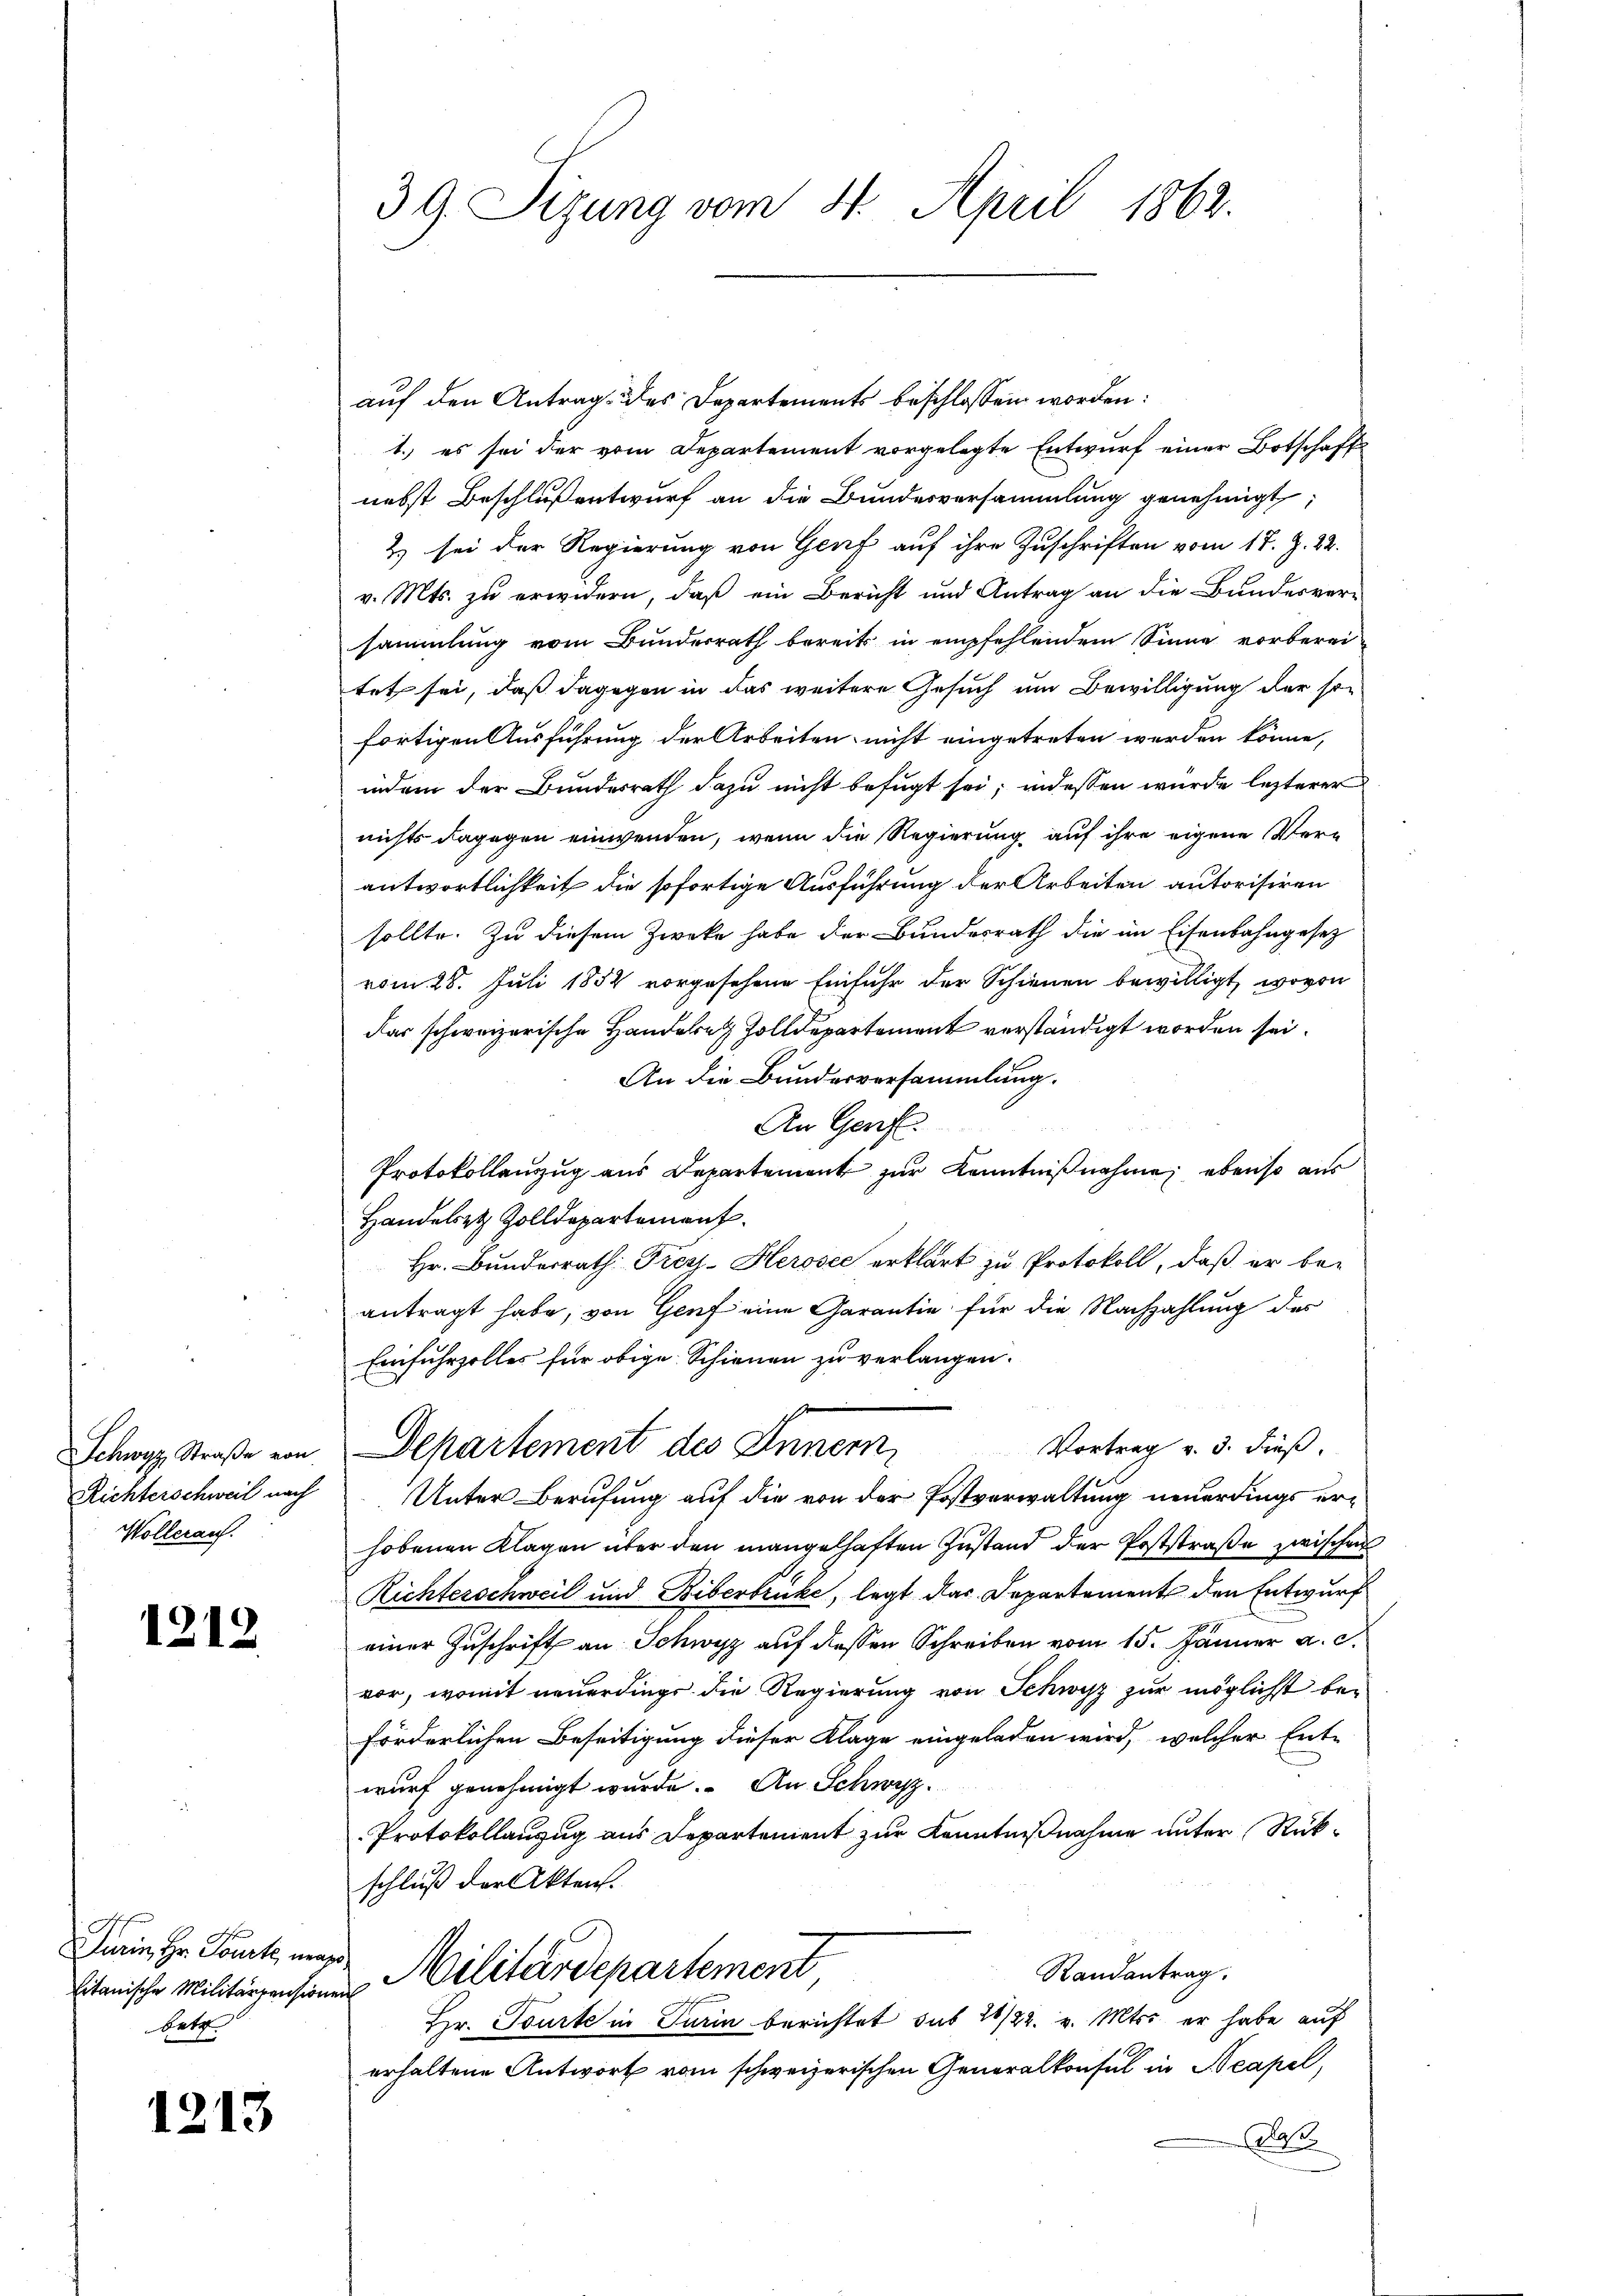
Richterschweil nach
Wollerauf.

1212

Jurin, Hr. Tourte, mage
Satz.

1213

39 Sizung vom 11. April 1862.

auf den Antrag des Departements beschlossen worden:
1. es sei der vom Departement vorgelegte Entwurf einer Botschaft
nebst Beschluß entwurf an die Bundesversammlung genehmigt,
2) sei der Regierung von Genf auf ihre Zuschriften vom 17. Z. 22.
v. Mts. zu erwidern, daß ein Bericht und Antrag an die Bundesver-
sammlung vom Bundesrath bereits in empfehlendem Sinne vorberei
tet sei, daß dagegen in das weitere Gesuch um Bewilligung der so
fortigen Ausführung der Arbeiten nicht eingetreten werden könne,
indem der Bundesrath dazu nicht befugt sei; indessen wurde lezterer
nichts dagegen einwenden, wenn die Regierung auf ihre eigene Verantwortlichkeit die sofortige Ausführung der Arbeiten autorisiren
sollte. Zu diesem Zwecke habe der Bundesrath die im Eisenbahngesetz
vom 28. Juli 1852 vorgesehene Einfuhr der Schienen bewilligt, wovon
das schweizerische Handern Zolldepartement verständigt worden sei.
An die Bundesversammlung.
An Genf.

Protokollanzug aus Departement zur Kenntnißnahme; ebenso aus
Handelst Zolldepartement.
Hr. Bunderrath Fress- Herosec erklärt zu Protokoll, daß er be-
antragt habe, von Genf eine Garantie für die Nachzahlung der
Einfuhrzolles für obige Schienen zu verlangen.
Vortrag v. 3. Fuß.
Schwyz Straße von Departement des Innern,
Unter Berufung auf die von der Postverwaltung neuerdings erhobenen Klagen über den mangelhaften Zustand der Poststraße zwischen
Richterschweil und Biberbrucke, legt das Departement den Entwurf
einer Zuschrift an Schwyz auf dessen Schreiben vom 15. Jänner a. c.
vor, womit neuerdings die Regierung von Schwyz zur möglichst be-
förderlichen Beseitigung dieser Klage eingeladen wird, welcher Ent-
wurf genehmigt wurde. An Schwyz.
Protokollanzug aus Departement zur Kenntnißnahme unter Rückschluß der Akten.
Randantrag.
bitanische Militärgensinen Militärdepartement,
Hr. Tourte in Turin berichtet sub 26/22. v. Mts. er habe auf
erhaltene Antwort vom schweizerischen Generalkonsul in Neapel,
.